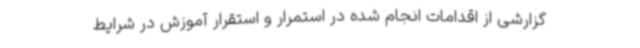
گزارشی از اقدامات انجام‌ شده در استمرار و استقرار آموزش در شرایط